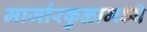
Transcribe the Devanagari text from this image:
मार्जारकुळामध्ये